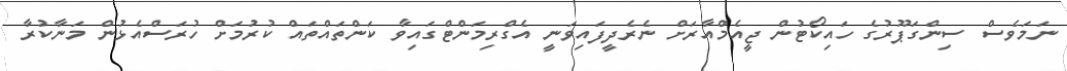
ނަމަވެސް ސިންގަޕޫރުގެ ހައިކޯޓުން ޖީއެމްއާރަށް ނެރެދީފައިވަނީ އެގްރިމަންޓްގައިވާ ކަންތައްތައް ކުރުމަށް ހުރަސްއެޅުން މަނާކުރާ